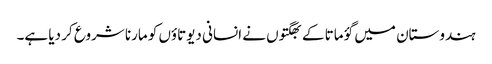
ہندوستان میں گؤ ماتا کے بھگتوں نے انسانی دیوتاؤں کو مارنا شروع کر دیا ہے۔